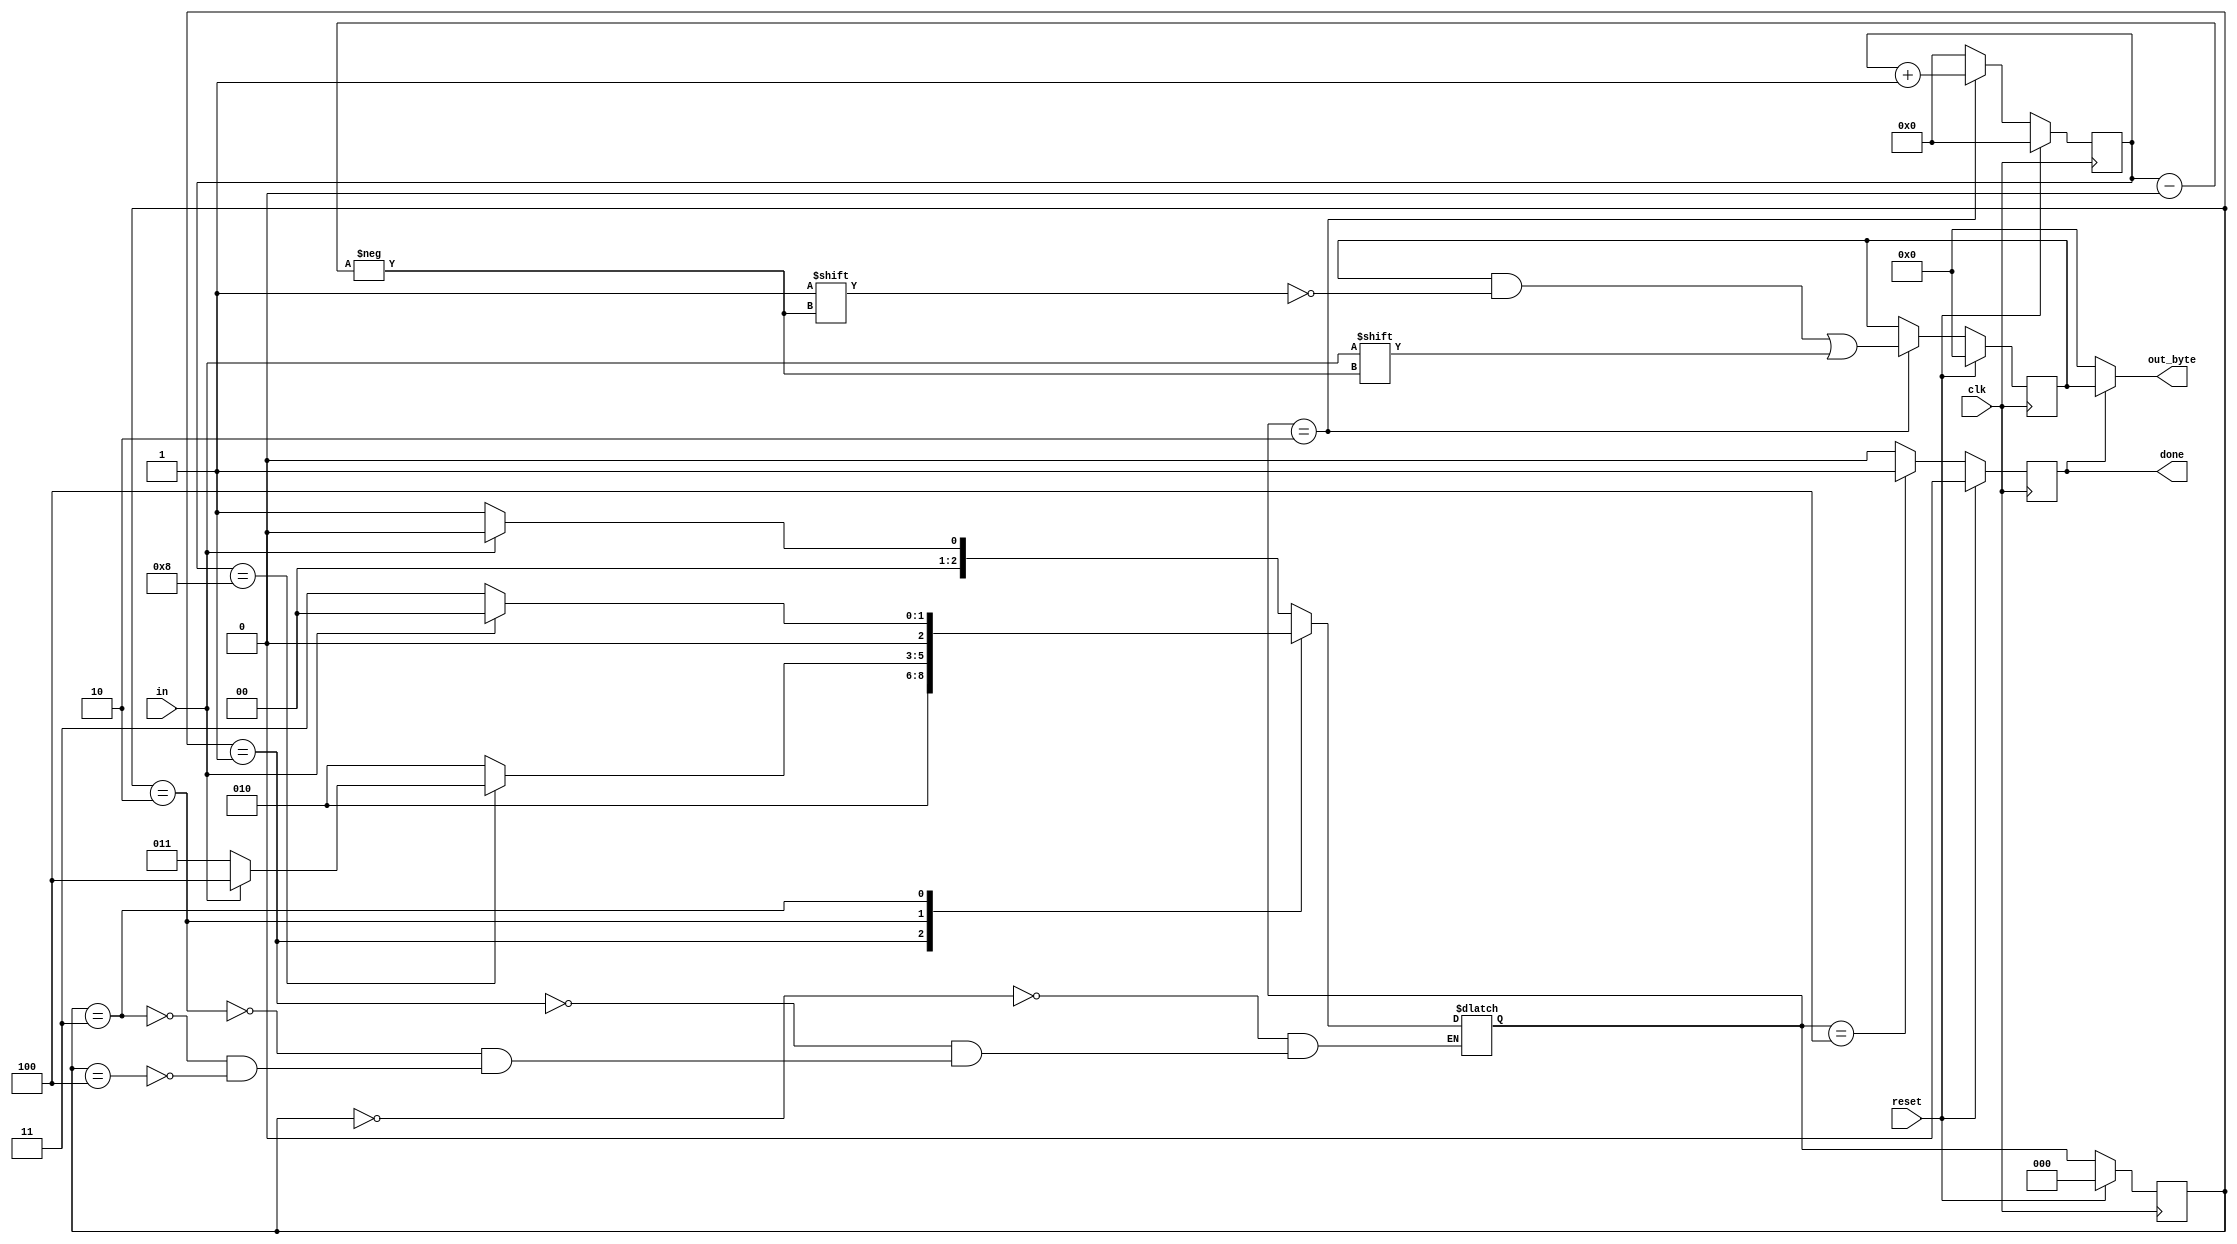
module top_module(
    input clk,
    input in,
    input reset,    // Synchronous reset
    output [7:0] out_byte,
    output done
); 
	
    // Use FSM from Fsm_serial
    localparam [2:0] IDLE 	 = 3'b000,
					 START 	 = 3'b001,
					 RECEIVE = 3'b010,
					 WAIT	 = 3'b011,
					 STOP    = 3'b100;

	reg [2:0] state, next;
	reg [3:0] i;
	reg [7:0] out;

	always @(*) begin
		case(state)
			IDLE  : next = (in) ? IDLE : START;
			START : next = RECEIVE;
			RECEIVE : begin
				if (i == 8) begin
					if (in) next = STOP;
					else next = WAIT;
				end 
				else next = RECEIVE;			
			end
			WAIT : next = (in) ? IDLE : WAIT;
			STOP : next = (in) ? IDLE : START;
		endcase
	end

	always @(posedge clk) begin
		if(reset) state <= IDLE;
		else state <= next;
	end

	always @(posedge clk) begin
		if (reset) begin
			done <= 0;
			i <= 0;
		end
		else begin
			case(next) 
				RECEIVE : begin
					done <= 0;
					i = i + 1;
				end
				STOP : begin
					done <= 1;
					i <= 0;
				end
				default : begin
					done <= 0;
					i <= 0;
				end
			endcase
		end
	end

    // New: Datapath to latch input bits.
    always @(posedge clk) begin
    	if (reset) out <= 0;
    	else if (next == RECEIVE)
    		out[i] <= in;
    end

    assign out_byte = (done) ? out : 8'b0;

endmodule